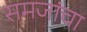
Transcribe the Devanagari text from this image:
समजांचा